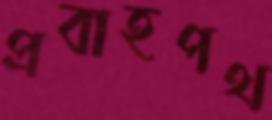
প্রবাহপথ